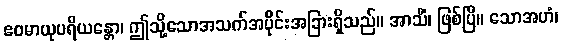
ဧဝမာယုပရိယန္တော၊ ဤသို့သောအသက်အပိုင်းအခြားရှိသည်။ အာသိံ၊ ဖြစ်ပြီ။ သောအဟံ၊